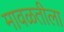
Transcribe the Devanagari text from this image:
मावळतीला